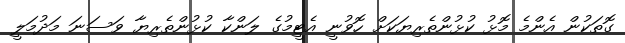
ގޮތަކުން އެންމެ މޮޅު ކުޅުންތެރިޔަކަށް ހޮވުނީ އެޓީމުގެ ލަންކާ ކުޅުންތެރިޔާ ވަސަނަ މަދުމަލީ